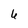
Character: 6